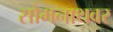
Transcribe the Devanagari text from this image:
सोमनाथवर